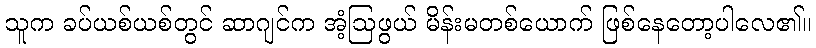
သူက ခပ်ယစ်ယစ်တွင် ဆာဂျင်က အံ့ဩဖွယ် မိန်းမတစ်ယောက် ဖြစ်နေတော့ပါလေ၏။